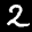
Digit: 2